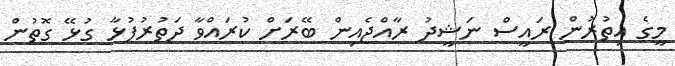
މީގެ އިތުރުން ރައީސް ނަޝީދު ރާއްޖެއިން ބޭރަށް ކުރައްވާ ދަތުރުފުޅާ ގުޅޭ ގޮތުން